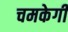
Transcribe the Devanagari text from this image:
चमकेगी